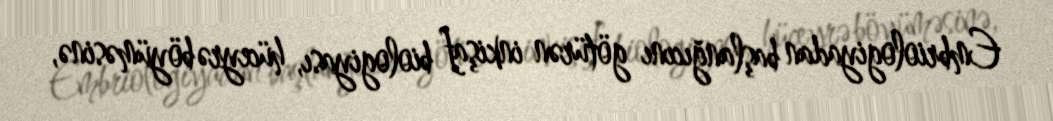
Embriologiyadan başlanğıcını götürən inkişaf biologiyası, hüceyrə böyüməsinə,